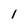
Character: 1